Annual report on the working of the lock hospitals in the North-Western Provinces and Oudh
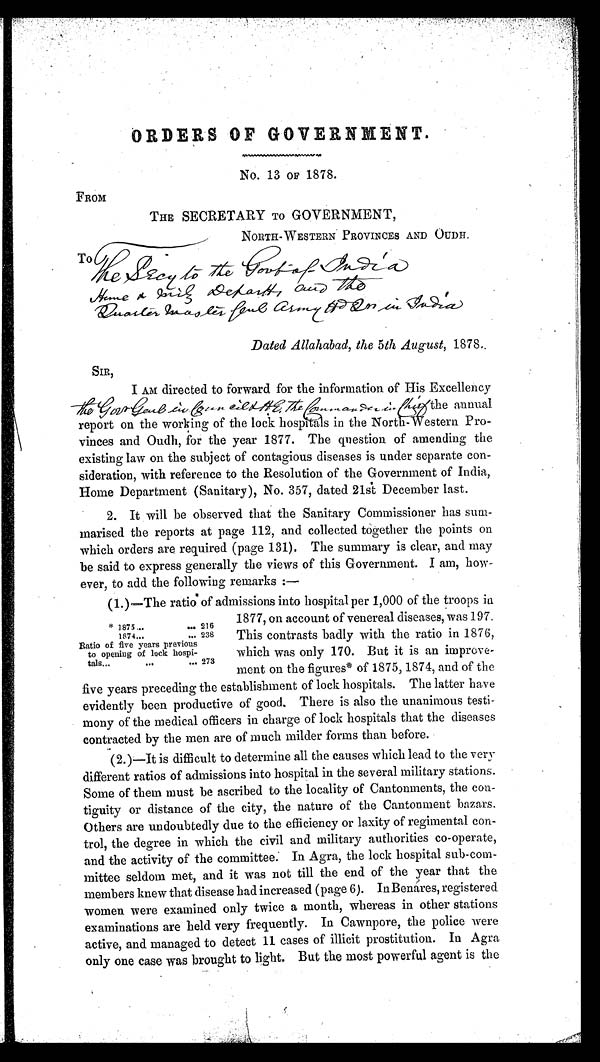
ORDERS OF GOVERNMENT.
No. 13 OF 1878.
FROM
THE SECRETARY TO GOVERNMENT,
NORTH-WESTERN PROVINCES AND OUDH.
To
T e S r c y t o t h e G o v t o f I n d i a ,
H o m e & m u l e D e p a r t m e n t a n d t h e Q u a r t e r m a s t e r g e n l . A r m y i n I n d i a
Dated Allahabad, the 5th August, 1878
SIR,
I AM directed to forward for the information of His Excellency
the Gov. Genl. in Cownfield in India the annual
report on the working of the lock hospitals in the North-Western Pro-
vinces and Oudh, for the year 1877. The question of amending the
existing law on the subject of contagious diseases is under separate con-
sideration, with reference to the Resolution of the Government of India,
Home Department (Sanitary), No. 357, dated 21a December last.
2. It will be observed that the Sanitary Commissioner has sum-
marised the reports at page 112, and collected together the points on
which orders are required (page 131). The summary is clear, and may
be said to express generally the views of this Government. I am, how-
ever, to add the following remarks :—
(1.)—The ratio* of admissions into hospital per 1,000 of the troops in
1877, on account of venereal diseases, was 197.
This contrasts badly with the ratio in 1876,
which was only 170. But it is an improve-
ment on the figures* of 1875, 1874, and of the
five years preceding the establishment of lock hospitals. The latter have
evidently been productive of good. There is also the unanimous testi-
mony of the medical officers in charge of lock hospitals that the diseases
contracted by the men are of much milder forms than before.
*1875... ...216
1874... ...238
Ra t i o o f f i v e y e a r s p r e v i o u s t o o p e n i n g o f l o c k h o s p i t a l s . . . . . . 2 7 3
(2.)—It is difficult to determine all the causes which lead to the very
different ratios of admissions into hospital in the several military stations.
Some of them must be ascribed to the locality of Cantonments, the con-
tiguity or distance of the city, the nature of the Cantonment bazars.
Others are undoubtedly due to the efficiency or laxity of regimental con-
trol, the degree in which the civil and military authorities co-operate,
and the activity of the committee: In Agra, the lock hospital sub-com-
mittee seldom met, and it was not till the end of the year that the
members knew that disease bad increased (page 6). In Benares, registered
women were examined only twice a month, whereas in other stations
examinations are held very frequently. In Cawnpore, the police were
active, and managed to detect 11 cases of illicit prostitution. In Agra
only one case was brought to light. But the most powerful agent is the